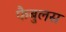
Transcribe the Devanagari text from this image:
फैबुलस